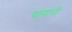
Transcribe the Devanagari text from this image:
यांगांनी